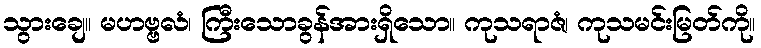
သွားချေ။ မဟဗ္ဗလံ၊ ကြီးသောခွန်အားရှိသော။ ကုသရာဇံ၊ ကုသမင်းမြတ်ကို။